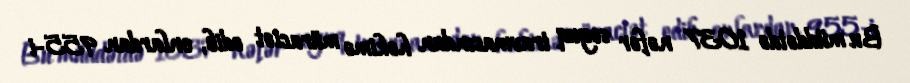
Bu müddətdə 1037 nəfər soyuq travmasından həkimə müraciət edib, onlardan 955-i